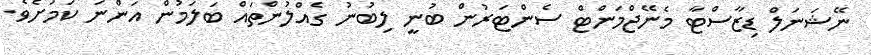
ނޭޝަނަލް ޑިޒާސްޓާ މެނޭޖްމަންޓް ސެންޓަރުން ބުނީ ލިބުނު ގެއްލުންތައް ބަލަމުން އަންނަ ކަމަށެވެ.